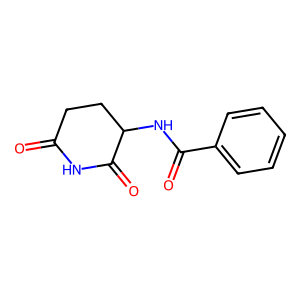
SMILES: O=C1CCC(NC(=O)c2ccccc2)C(=O)N1
Inhibits HIV replication: No